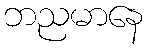
ဘညမာနေ